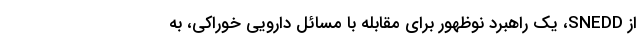
از SNEDD، یک راهبرد نوظهور برای مقابله با مسائل دارویی خوراکی، به